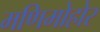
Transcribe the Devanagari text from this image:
मणिमोहोर